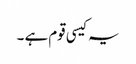
یہ کیسی قوم ہے ۔